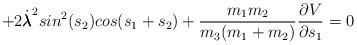
LaTeX: \begin{align*} +2\dot{\pmb{\lambda}}^{2}sin^{2}(s_{2})cos(s_{1}+s_{2})+\frac{m_{1}m_{2}}{m_{3}(m_{1}+m_{2})}\frac{\partial V}{\partial s_{1}}=0 \end{align*}